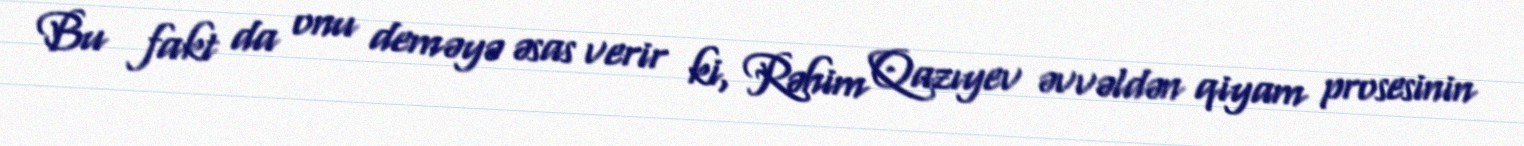
Bu fakt da onu deməyə əsas verir ki, Rəhim Qazıyev əvvəldən qiyam prosesinin